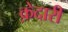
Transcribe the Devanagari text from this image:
क़ेदारी